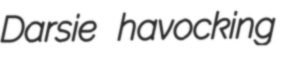
Darsie havocking